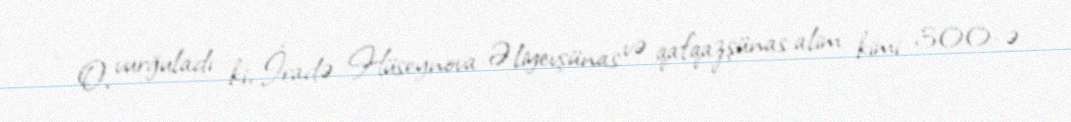
- O, vurğuladı ki, İradə Hüseynova Əliyevşünas və qafqazşünas alim kimi 300-ə